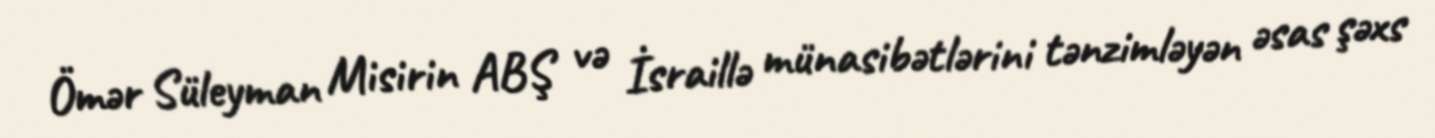
Ömər Süleyman Misirin ABŞ və İsraillə münasibətlərini tənzimləyən əsas şəxs